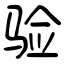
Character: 验